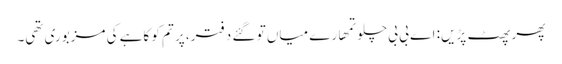
پھر پھٹ پڑیں: اے بی بی چلو تمھارے میاں تو گئے دفتر، پر تم کو کاہے کی مزبوری تھی۔